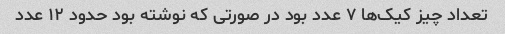
تعداد چیز کیک‌ها ٧ عدد بود در صورتی که نوشته بود حدود ١٢ عدد